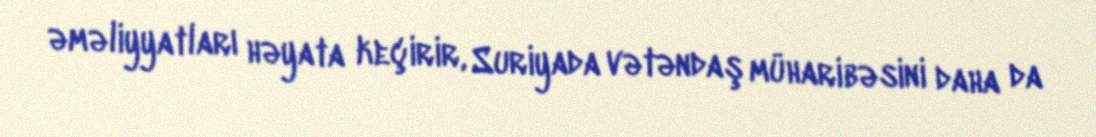
əməliyyatları həyata keçirir, Suriyada vətəndaş müharibəsini daha da